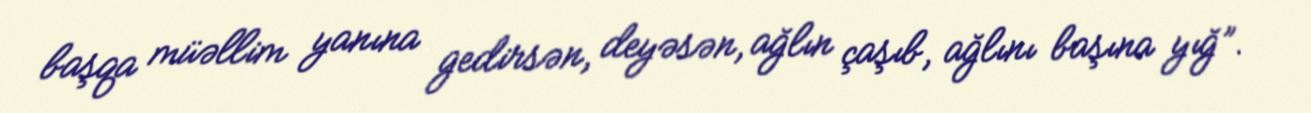
başqa müəllim yanına gedirsən, deyəsən, ağlın çaşıb, ağlını başına yığ”.